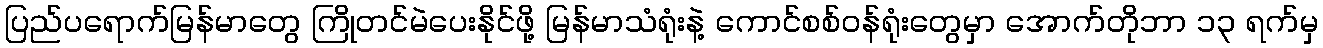
ပြည်ပရောက်မြန်မာတွေ ကြိုတင်မဲပေးနိုင်ဖို့ မြန်မာသံရုံးနဲ့ ကောင်စစ်ဝန်ရုံးတွေမှာ အောက်တိုဘာ ၁၃ ရက်မှ